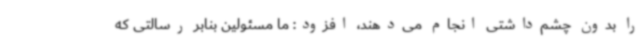
را بدون چشم‌داشتی انجام می‌دهند، افزود: ما مسئولین بنابر رسالتی که